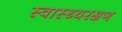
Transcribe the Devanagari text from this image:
स्वास्थ्यरक्षण